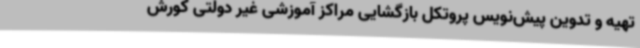
تهیه و تدوین پیش‌نویس پروتکل بازگشایی مراکز آموزشی غیر دولتی کورش